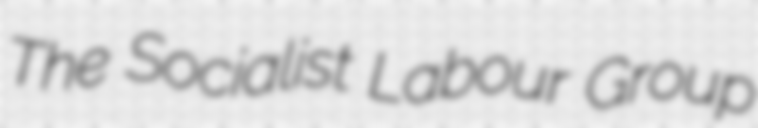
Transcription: The Socialist Labour Group